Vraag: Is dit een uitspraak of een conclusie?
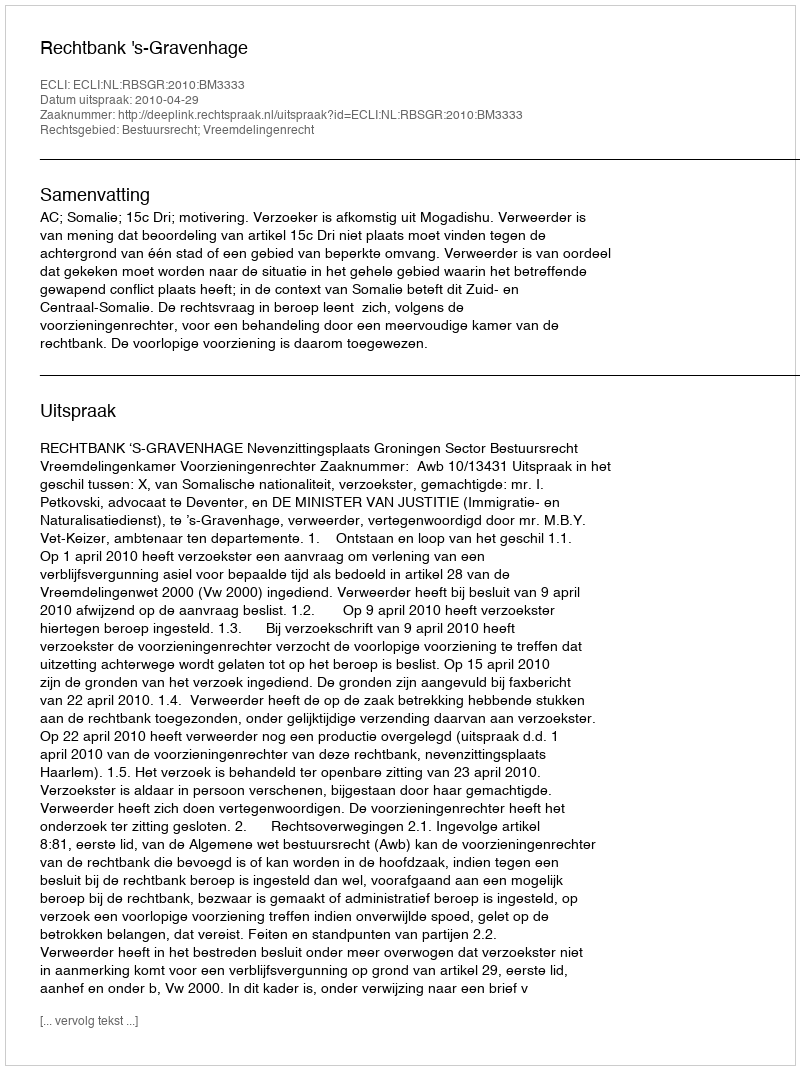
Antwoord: Uitspraak